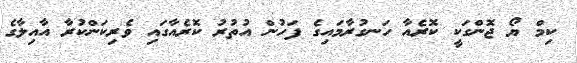
ކިމް ޔޯ ޖޮންގަކީ ކޮރެއާ ހަނގުރާމައިގެ ފަހުން އުތުރު ކޮރެއާގައި ވެރިކަންކުރާ އާއިލާގެ